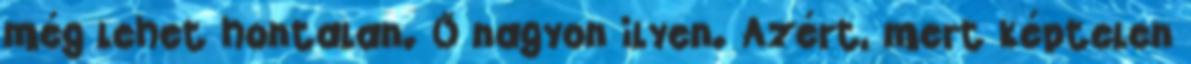
még lehet hontalan. Ő nagyon ilyen. Azért, mert képtelen